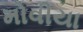
મોવીયા